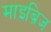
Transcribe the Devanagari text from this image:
माइब्रिज